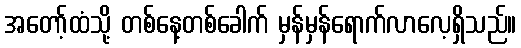
အတော့်ထံသို့ တစ်နေ့တစ်ခေါက် မှန်မှန်ရောက်လာလေ့ရှိသည်။